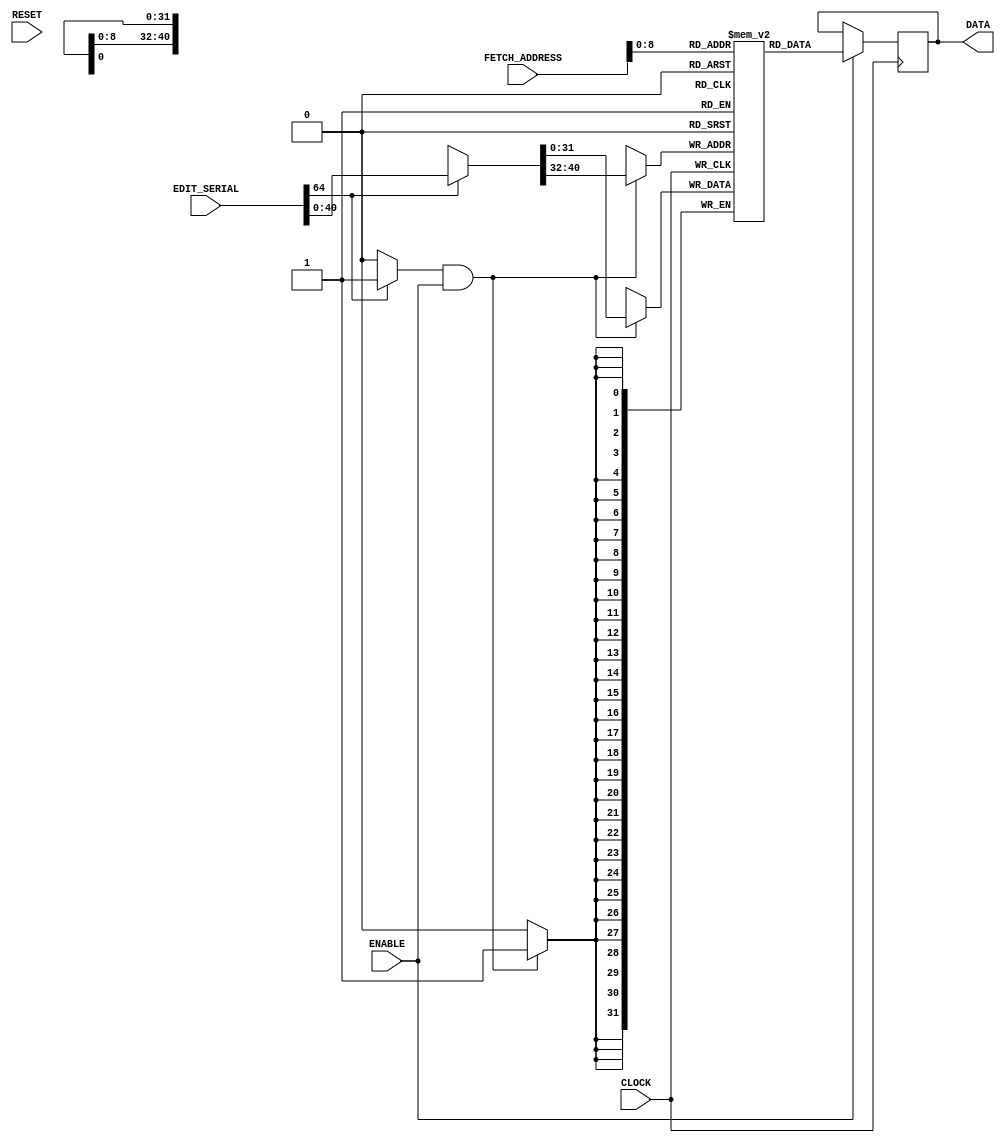
/* AUTOMATICALLY GENERATED VERILOG-2001 SOURCE CODE.
** GENERATED BY CLASH 1.2.0. DO NOT MODIFY.
*/
`timescale 100fs/100fs
module MainMemory
    ( // Inputs
      input  CLOCK // clock
    , input  RESET // reset
    , input  ENABLE
    , input [31:0] FETCH_ADDRESS
    , input [64:0] EDIT_SERIAL

      // Outputs
    , output reg [31:0] DATA
    );
  // /home/jimmy/VNMCC/src/MIPS/RAM.hs:40:1-7
  wire signed [63:0] c$wild_app_arg;
  wire  c$app_arg;
  // /home/jimmy/VNMCC/src/MIPS/RAM.hs:40:1-7
  wire signed [63:0] c$wild_app_arg_0;
  // /home/jimmy/VNMCC/src/MIPS/RAM.hs:40:1-7
  wire [63:0] a1;
  // /home/jimmy/VNMCC/src/MIPS/RAM.hs:40:1-7
  wire signed [63:0] wild;
  // /home/jimmy/VNMCC/src/MIPS/RAM.hs:40:1-7
  wire signed [63:0] wild_0;
  // /home/jimmy/VNMCC/src/MIPS/RAM.hs:40:1-7
  wire [63:0] ds;
  wire [31:0] c$i;

  assign c$wild_app_arg = $unsigned({{(64-32) {1'b0}},FETCH_ADDRESS});

  assign c$app_arg = EDIT_SERIAL[64:64] ? 1'b1 : 1'b0;

  assign c$i = ds[63:32];

  assign c$wild_app_arg_0 = $unsigned({{(64-32) {1'b0}},c$i});

  // blockRam begin
  reg [31:0] DATA_RAM [0:512-1];

  reg [16383:0] ram_init;
  integer i;
  initial begin
    ram_init = {32'b00000000000000000000000000000000,32'b00000000000000000000000000000000,32'b00000000000000000000000000000000,32'b00000000000000000000000000000000,32'b00000000000000000000000000000000,32'b00000000000000000000000000000000,32'b00000000000000000000000000000000,32'b00000000000000000000000000000000,32'b00000000000000000000000000000000,32'b00000000000000000000000000000000,32'b00000000000000000000000000000000,32'b00000000000000000000000000000000,32'b00000000000000000000000000000000,32'b00000000000000000000000000000000,32'b00000000000000000000000000000000,32'b00000000000000000000000000000000,32'b00000000000000000000000000000000,32'b00000000000000000000000000000000,32'b00000000000000000000000000000000,32'b00000000000000000000000000000000,32'b00000000000000000000000000000000,32'b00000000000000000000000000000000,32'b00000000000000000000000000000000,32'b00000000000000000000000000000000,32'b00000000000000000000000000000000,32'b00000000000000000000000000000000,32'b00000000000000000000000000000000,32'b00000000000000000000000000000000,32'b00000000000000000000000000000000,32'b00000000000000000000000000000000,32'b00000000000000000000000000000000,32'b00000000000000000000000000000000,32'b00000000000000000000000000000000,32'b00000000000000000000000000000000,32'b00000000000000000000000000000000,32'b00000000000000000000000000000000,32'b00000000000000000000000000000000,32'b00000000000000000000000000000000,32'b00000000000000000000000000000000,32'b00000000000000000000000000000000,32'b00000000000000000000000000000000,32'b00000000000000000000000000000000,32'b00000000000000000000000000000000,32'b00000000000000000000000000000000,32'b00000000000000000000000000000000,32'b00000000000000000000000000000000,32'b00000000000000000000000000000000,32'b00000000000000000000000000000000,32'b00000000000000000000000000000000,32'b00000000000000000000000000000000,32'b00000000000000000000000000000000,32'b00000000000000000000000000000000,32'b00000000000000000000000000000000,32'b00000000000000000000000000000000,32'b00000000000000000000000000000000,32'b00000000000000000000000000000000,32'b00000000000000000000000000000000,32'b00000000000000000000000000000000,32'b00000000000000000000000000000000,32'b00000000000000000000000000000000,32'b00000000000000000000000000000000,32'b00000000000000000000000000000000,32'b00000000000000000000000000000000,32'b00000000000000000000000000000000,32'b00000000000000000000000000000000,32'b00000000000000000000000000000000,32'b00000000000000000000000000000000,32'b00000000000000000000000000000000,32'b00000000000000000000000000000000,32'b00000000000000000000000000000000,32'b00000000000000000000000000000000,32'b00000000000000000000000000000000,32'b00000000000000000000000000000000,32'b00000000000000000000000000000000,32'b00000000000000000000000000000000,32'b00000000000000000000000000000000,32'b00000000000000000000000000000000,32'b00000000000000000000000000000000,32'b00000000000000000000000000000000,32'b00000000000000000000000000000000,32'b00000000000000000000000000000000,32'b00000000000000000000000000000000,32'b00000000000000000000000000000000,32'b00000000000000000000000000000000,32'b00000000000000000000000000000000,32'b00000000000000000000000000000000,32'b00000000000000000000000000000000,32'b00000000000000000000000000000000,32'b00000000000000000000000000000000,32'b00000000000000000000000000000000,32'b00000000000000000000000000000000,32'b00000000000000000000000000000000,32'b00000000000000000000000000000000,32'b00000000000000000000000000000000,32'b00000000000000000000000000000000,32'b00000000000000000000000000000000,32'b00000000000000000000000000000000,32'b00000000000000000000000000000000,32'b00000000000000000000000000000000,32'b00000000000000000000000000000000,32'b00000000000000000000000000000000,32'b00000000000000000000000000000000,32'b00000000000000000000000000000000,32'b00000000000000000000000000000000,32'b00000000000000000000000000000000,32'b00000000000000000000000000000000,32'b00000000000000000000000000000000,32'b00000000000000000000000000000000,32'b00000000000000000000000000000000,32'b00000000000000000000000000000000,32'b00000000000000000000000000000000,32'b00000000000000000000000000000000,32'b00000000000000000000000000000000,32'b00000000000000000000000000000000,32'b00000000000000000000000000000000,32'b00000000000000000000000000000000,32'b00000000000000000000000000000000,32'b00000000000000000000000000000000,32'b00000000000000000000000000000000,32'b00000000000000000000000000000000,32'b00000000000000000000000000000000,32'b00000000000000000000000000000000,32'b00000000000000000000000000000000,32'b00000000000000000000000000000000,32'b00000000000000000000000000000000,32'b00000000000000000000000000000000,32'b00000000000000000000000000000000,32'b00000000000000000000000000000000,32'b00000000000000000000000000000000,32'b00000000000000000000000000000000,32'b00000000000000000000000000000000,32'b00000000000000000000000000000000,32'b00000000000000000000000000000000,32'b00000000000000000000000000000000,32'b00000000000000000000000000000000,32'b00000000000000000000000000000000,32'b00000000000000000000000000000000,32'b00000000000000000000000000000000,32'b00000000000000000000000000000000,32'b00000000000000000000000000000000,32'b00000000000000000000000000000000,32'b00000000000000000000000000000000,32'b00000000000000000000000000000000,32'b00000000000000000000000000000000,32'b00000000000000000000000000000000,32'b00000000000000000000000000000000,32'b00000000000000000000000000000000,32'b00000000000000000000000000000000,32'b00000000000000000000000000000000,32'b00000000000000000000000000000000,32'b00000000000000000000000000000000,32'b00000000000000000000000000000000,32'b00000000000000000000000000000000,32'b00000000000000000000000000000000,32'b00000000000000000000000000000000,32'b00000000000000000000000000000000,32'b00000000000000000000000000000000,32'b00000000000000000000000000000000,32'b00000000000000000000000000000000,32'b00000000000000000000000000000000,32'b00000000000000000000000000000000,32'b00000000000000000000000000000000,32'b00000000000000000000000000000000,32'b00000000000000000000000000000000,32'b00000000000000000000000000000000,32'b00000000000000000000000000000000,32'b00000000000000000000000000000000,32'b00000000000000000000000000000000,32'b00000000000000000000000000000000,32'b00000000000000000000000000000000,32'b00000000000000000000000000000000,32'b00000000000000000000000000000000,32'b00000000000000000000000000000000,32'b00000000000000000000000000000000,32'b00000000000000000000000000000000,32'b00000000000000000000000000000000,32'b00000000000000000000000000000000,32'b00000000000000000000000000000000,32'b00000000000000000000000000000000,32'b00000000000000000000000000000000,32'b00000000000000000000000000000000,32'b00000000000000000000000000000000,32'b00000000000000000000000000000000,32'b00000000000000000000000000000000,32'b00000000000000000000000000000000,32'b00000000000000000000000000000000,32'b00000000000000000000000000000000,32'b00000000000000000000000000000000,32'b00000000000000000000000000000000,32'b00000000000000000000000000000000,32'b00000000000000000000000000000000,32'b00000000000000000000000000000000,32'b00000000000000000000000000000000,32'b00000000000000000000000000000000,32'b00000000000000000000000000000000,32'b00000000000000000000000000000000,32'b00000000000000000000000000000000,32'b00000000000000000000000000000000,32'b00000000000000000000000000000000,32'b00000000000000000000000000000000,32'b00000000000000000000000000000000,32'b00000000000000000000000000000000,32'b00000000000000000000000000000000,32'b00000000000000000000000000000000,32'b00000000000000000000000000000000,32'b00000000000000000000000000000000,32'b00000000000000000000000000000000,32'b00000000000000000000000000000000,32'b00000000000000000000000000000000,32'b00000000000000000000000000000000,32'b00000000000000000000000000000000,32'b00000000000000000000000000000000,32'b00000000000000000000000000000000,32'b00000000000000000000000000000000,32'b00000000000000000000000000000000,32'b00000000000000000000000000000000,32'b00000000000000000000000000000000,32'b00000000000000000000000000000000,32'b00000000000000000000000000000000,32'b00000000000000000000000000000000,32'b00000000000000000000000000000000,32'b00000000000000000000000000000000,32'b00000000000000000000000000000000,32'b00000000000000000000000000000000,32'b00000000000000000000000000000000,32'b00000000000000000000000000000000,32'b00000000000000000000000000000000,32'b00000000000000000000000000000000,32'b00000000000000000000000000000000,32'b00000000000000000000000000000000,32'b00000000000000000000000000000000,32'b00000000000000000000000000000000,32'b00000000000000000000000000000000,32'b00000000000000000000000000000000,32'b00000000000000000000000000000000,32'b00000000000000000000000000000000,32'b00000000000000000000000000000000,32'b00000000000000000000000000000000,32'b00000000000000000000000000000000,32'b00000000000000000000000000000000,32'b00000000000000000000000000000000,32'b00000000000000000000000000000000,32'b00000000000000000000000000000000,32'b00000000000000000000000000000000,32'b00000000000000000000000000000000,32'b00000000000000000000000000000000,32'b00000000000000000000000000000000,32'b00000000000000000000000000000000,32'b00000000000000000000000000000000,32'b00000000000000000000000000000000,32'b00000000000000000000000000000000,32'b00000000000000000000000000000000,32'b00000000000000000000000000000000,32'b00000000000000000000000000000000,32'b00000000000000000000000000000000,32'b00000000000000000000000000000000,32'b00000000000000000000000000000000,32'b00000000000000000000000000000000,32'b00000000000000000000000000000000,32'b00000000000000000000000000000000,32'b00000000000000000000000000000000,32'b00000000000000000000000000000000,32'b00000000000000000000000000000000,32'b00000000000000000000000000000000,32'b00000000000000000000000000000000,32'b00000000000000000000000000000000,32'b00000000000000000000000000000000,32'b00000000000000000000000000000000,32'b00000000000000000000000000000000,32'b00000000000000000000000000000000,32'b00000000000000000000000000000000,32'b00000000000000000000000000000000,32'b00000000000000000000000000000000,32'b00000000000000000000000000000000,32'b00000000000000000000000000000000,32'b00000000000000000000000000000000,32'b00000000000000000000000000000000,32'b00000000000000000000000000000000,32'b00000000000000000000000000000000,32'b00000000000000000000000000000000,32'b00000000000000000000000000000000,32'b00000000000000000000000000000000,32'b00000000000000000000000000000000,32'b00000000000000000000000000000000,32'b00000000000000000000000000000000,32'b00000000000000000000000000000000,32'b00000000000000000000000000000000,32'b00000000000000000000000000000000,32'b00000000000000000000000000000000,32'b00000000000000000000000000000000,32'b00000000000000000000000000000000,32'b00000000000000000000000000000000,32'b00000000000000000000000000000000,32'b00000000000000000000000000000000,32'b00000000000000000000000000000000,32'b00000000000000000000000000000000,32'b00000000000000000000000000000000,32'b00000000000000000000000000000000,32'b00000000000000000000000000000000,32'b00000000000000000000000000000000,32'b00000000000000000000000000000000,32'b00000000000000000000000000000000,32'b00000000000000000000000000000000,32'b00000000000000000000000000000000,32'b00000000000000000000000000000000,32'b00000000000000000000000000000000,32'b00000000000000000000000000000000,32'b00000000000000000000000000000000,32'b00000000000000000000000000000000,32'b00000000000000000000000000000000,32'b00000000000000000000000000000000,32'b00000000000000000000000000000000,32'b00000000000000000000000000000000,32'b00000000000000000000000000000000,32'b00000000000000000000000000000000,32'b00000000000000000000000000000000,32'b00000000000000000000000000000000,32'b00000000000000000000000000000000,32'b00000000000000000000000000000000,32'b00000000000000000000000000000000,32'b00000000000000000000000000000000,32'b00000000000000000000000000000000,32'b00000000000000000000000000000000,32'b00000000000000000000000000000000,32'b00000000000000000000000000000000,32'b00000000000000000000000000000000,32'b00000000000000000000000000000000,32'b00000000000000000000000000000000,32'b00000000000000000000000000000000,32'b00000000000000000000000000000000,32'b00000000000000000000000000000000,32'b00000000000000000000000000000000,32'b00000000000000000000000000000000,32'b00000000000000000000000000000000,32'b00000000000000000000000000000000,32'b00000000000000000000000000000000,32'b00000000000000000000000000000000,32'b00000000000000000000000000000000,32'b00000000000000000000000000000000,32'b00000000000000000000000000000000,32'b00000000000000000000000000000000,32'b00000000000000000000000000000000,32'b00000000000000000000000000000000,32'b00000000000000000000000000000000,32'b00000000000000000000000000000000,32'b00000000000000000000000000000000,32'b00000000000000000000000000000000,32'b00000000000000000000000000000000,32'b00000000000000000000000000000000,32'b00000000000000000000000000000000,32'b00000000000000000000000000000000,32'b00000000000000000000000000000000,32'b00000000000000000000000000000000,32'b00000000000000000000000000000000,32'b00000000000000000000000000000000,32'b00000000000000000000000000000000,32'b00000000000000000000000000000000,32'b00000000000000000000000000000000,32'b00000000000000000000000000000000,32'b00000000000000000000000000000000,32'b00000000000000000000000000000000,32'b00000000000000000000000000000000,32'b00000000000000000000000000000000,32'b00000000000000000000000000000000,32'b00000000000000000000000000000000,32'b00000000000000000000000000000000,32'b00000000000000000000000000000000,32'b00000000000000000000000000000000,32'b00000000000000000000000000000000,32'b00000000000000000000000000000000,32'b00000000000000000000000000000000,32'b00000000000000000000000000000000,32'b00000000000000000000000000000000,32'b00000000000000000000000000000000,32'b00000000000000000000000000000000,32'b00000000000000000000000000000000,32'b00000000000000000000000000000000,32'b00000000000000000000000000000000,32'b00000000000000000000000000000000,32'b00000000000000000000000000000000,32'b00000000000000000000000000000000,32'b00000000000000000000000000000000,32'b00000000000000000000000000000000,32'b00000000000000000000000000000000,32'b00000000000000000000000000000000,32'b00000000000000000000000000000000,32'b00000000000000000000000000000000,32'b00000000000000000000000000000000,32'b00000000000000000000000000000000,32'b00000000000000000000000000000000,32'b00000000000000000000000000000000,32'b00000000000000000000000000000000,32'b00000000000000000000000000000000,32'b00000000000000000000000000000000,32'b00000000000000000000000000000000,32'b00000000000000000000000000000000,32'b00000000000000000000000000000000,32'b00000000000000000000000000000000,32'b00000000000000000000000000000000,32'b00000000000000000000000000000000,32'b00000000000000000000000000000000,32'b00000000000000000000000000000000,32'b00000000000000000000000000000000,32'b00000000000000000000000000000000,32'b00000000000000000000000000000000,32'b00000000000000000000000000000000,32'b00000000000000000000000000000000,32'b00000000000000000000000000000000,32'b00000000000000000000000000000000,32'b00000000000000000000000000000000,32'b00000000000000000000000000000000,32'b00000000000000000000000000000000,32'b00000000000000000000000000000000,32'b00000000000000000000000000000000,32'b00000000000000000000000000000000,32'b00000000000000000000000000000000,32'b00000000000000000000000000000000,32'b00000000000000000000000000000000,32'b00000000000000000000000000000000,32'b00000000000000000000000000000000,32'b00000000000000000000000000000000,32'b00000000000000000000000000000000,32'b00000000000000000000000000000000,32'b00000000000000000000000000000000,32'b00000000000000000000000000000000,32'b00000000000000000000000000000000,32'b00000000000000000000000000000000,32'b00000000000000000000000000000000,32'b00000000000000000000000000000000,32'b00000000000000000000000000000000,32'b00000000000000000000000000000000,32'b00000000000000000000000000000000,32'b00000000000000000000000000000000,32'b00000000000000000000000000000000,32'b00000000000000000000000000000000,32'b00000000000000000000000000000000,32'b00000000000000000000000000000000,32'b00000000000000000000000000000000,32'b00000000000000000000000000000000,32'b00000000000000000000000000000000,32'b00000000000000000000000000000000,32'b00000000000000000000000000000000,32'b00000000000000000000000000000000,32'b00000000000000000000000000000000,32'b00000000000000000000000000000000,32'b00000000000000000000000000000000,32'b00000000000000000000000000000000,32'b00000000000000000000000000000000,32'b00000000000000000000000000000000,32'b00000000000000000000000000000000,32'b00000000000000000000000000000000,32'b00000000000000000000000000000000,32'b00000000000000000000000000000000,32'b00000000000000000000000000000000,32'b00000000000000000000000000000000,32'b00000000000000000000000000000000,32'b00000000000000000000000000000000,32'b00000000000000000000000000000000,32'b00000000000000000000000000000000,32'b00000000000000000000000000000000,32'b00000000000000000000000000000000,32'b00000000000000000000000000000000,32'b00000000000000000000000000000000,32'b00000000000000000000000000000000,32'b00000000000000000000000000000000,32'b00000000000000000000000000000000,32'b00000000000000000000000000000000,32'b00000000000000000000000000000000,32'b00000000000000000000000000000000,32'b00000000000000000000000000000000,32'b00000000000000000000000000000000,32'b00000000000000000000000000000000,32'b00000000000000000000000000000000,32'b00000000000000000000000000000000,32'b00000000000000000000000000000000,32'b00000000000000000000000000000000,32'b00000000000000000000000000000000,32'b00000000000000000000000000000000,32'b00000000000000000000000000000000,32'b00000000000000000000000000000000,32'b00000000000000000000000000000000,32'b00000000000000000000000000000000,32'b00000000000000000000000000000000,32'b00000000000000000000000000000000,32'b00000000000000000000000000000000,32'b00000000000000000000000000000000,32'b00000000000000000000000000000000,32'b00000000000000000000000000000000,32'b00000000000000000000000000000000,32'b00000000000000000000000000000000,32'b00000000000000000000000000000000,32'b00000000000000000000000000000000,32'b00000000000000000000000000000000,32'b00000000000000000000000000000000,32'b00000000000000000000000000000000,32'b00000000000000000000000000000000,32'b00000000000000000000000000000000,32'b00000000000000000000000000000000,32'b00000000000000000000000000000000,32'b00000000000000000000000000000000,32'b00000000000000000000000000000000,32'b00000000000000000000000000000000,32'b00000000000000000000000000000000,32'b00000000000000000000000000000000,32'b00000000000000000000000000000000,32'b00000000000000000000000000000000,32'b00000000000000000000000000000000,32'b00000000000000000000000000000000,32'b00000000000000000000000000000000,32'b00000000000000000000000000000000,32'b00000000000000000000000000000000,32'b00000000000000000000000000000000};
    for (i=0; i < 512; i = i + 1) begin
      DATA_RAM[512-1-i] = ram_init[i*32+:32];
    end
  end

  always @(posedge CLOCK) begin : DATA_blockRam
    if (c$app_arg & ENABLE) begin
      DATA_RAM[(wild_0)] <= ds[31:0];
    end
    if (ENABLE) begin
      DATA <= DATA_RAM[(wild)];
    end
  end
  // blockRam end

  assign a1 = EDIT_SERIAL[63:0];

  assign wild = $signed(c$wild_app_arg);

  assign wild_0 = $signed(c$wild_app_arg_0);

  assign ds = EDIT_SERIAL[64:64] ? a1 : ({64 {1'bx}});


endmodule